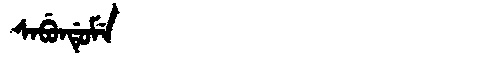
Manchu: ᠰᠠᠪᡠᠨᡩᡠᠮᡝ
Romanization: SABUNDUME